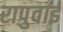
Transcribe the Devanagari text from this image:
रापुवाई